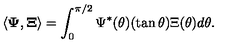
\langle { \bf \Psi } , { \bf \Xi } \rangle = \int _ { 0 } ^ { \pi / 2 } \Psi ^ { * } ( \theta ) ( \tan \theta ) \Xi ( \theta ) d \theta .